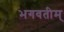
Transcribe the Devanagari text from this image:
भगवतीम्